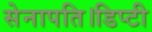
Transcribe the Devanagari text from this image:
सेनापति।डिप्टी